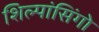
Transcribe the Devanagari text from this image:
शिल्पांसिंगो